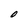
Character: O